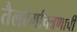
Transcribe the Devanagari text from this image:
तैलरंगचित्रणाची